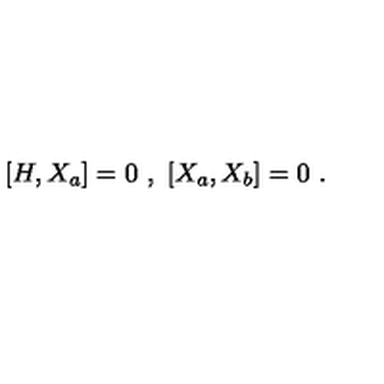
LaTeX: [ H , X _ { a } ] = 0 \ , \ [ X _ { a } , X _ { b } ] = 0 \ .